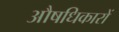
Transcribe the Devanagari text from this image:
औषधिकारों